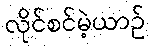
လိုင်စင်မဲ့ယာဉ်